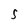
Character: 5